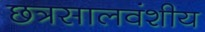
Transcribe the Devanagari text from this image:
छत्रसालवंशीय